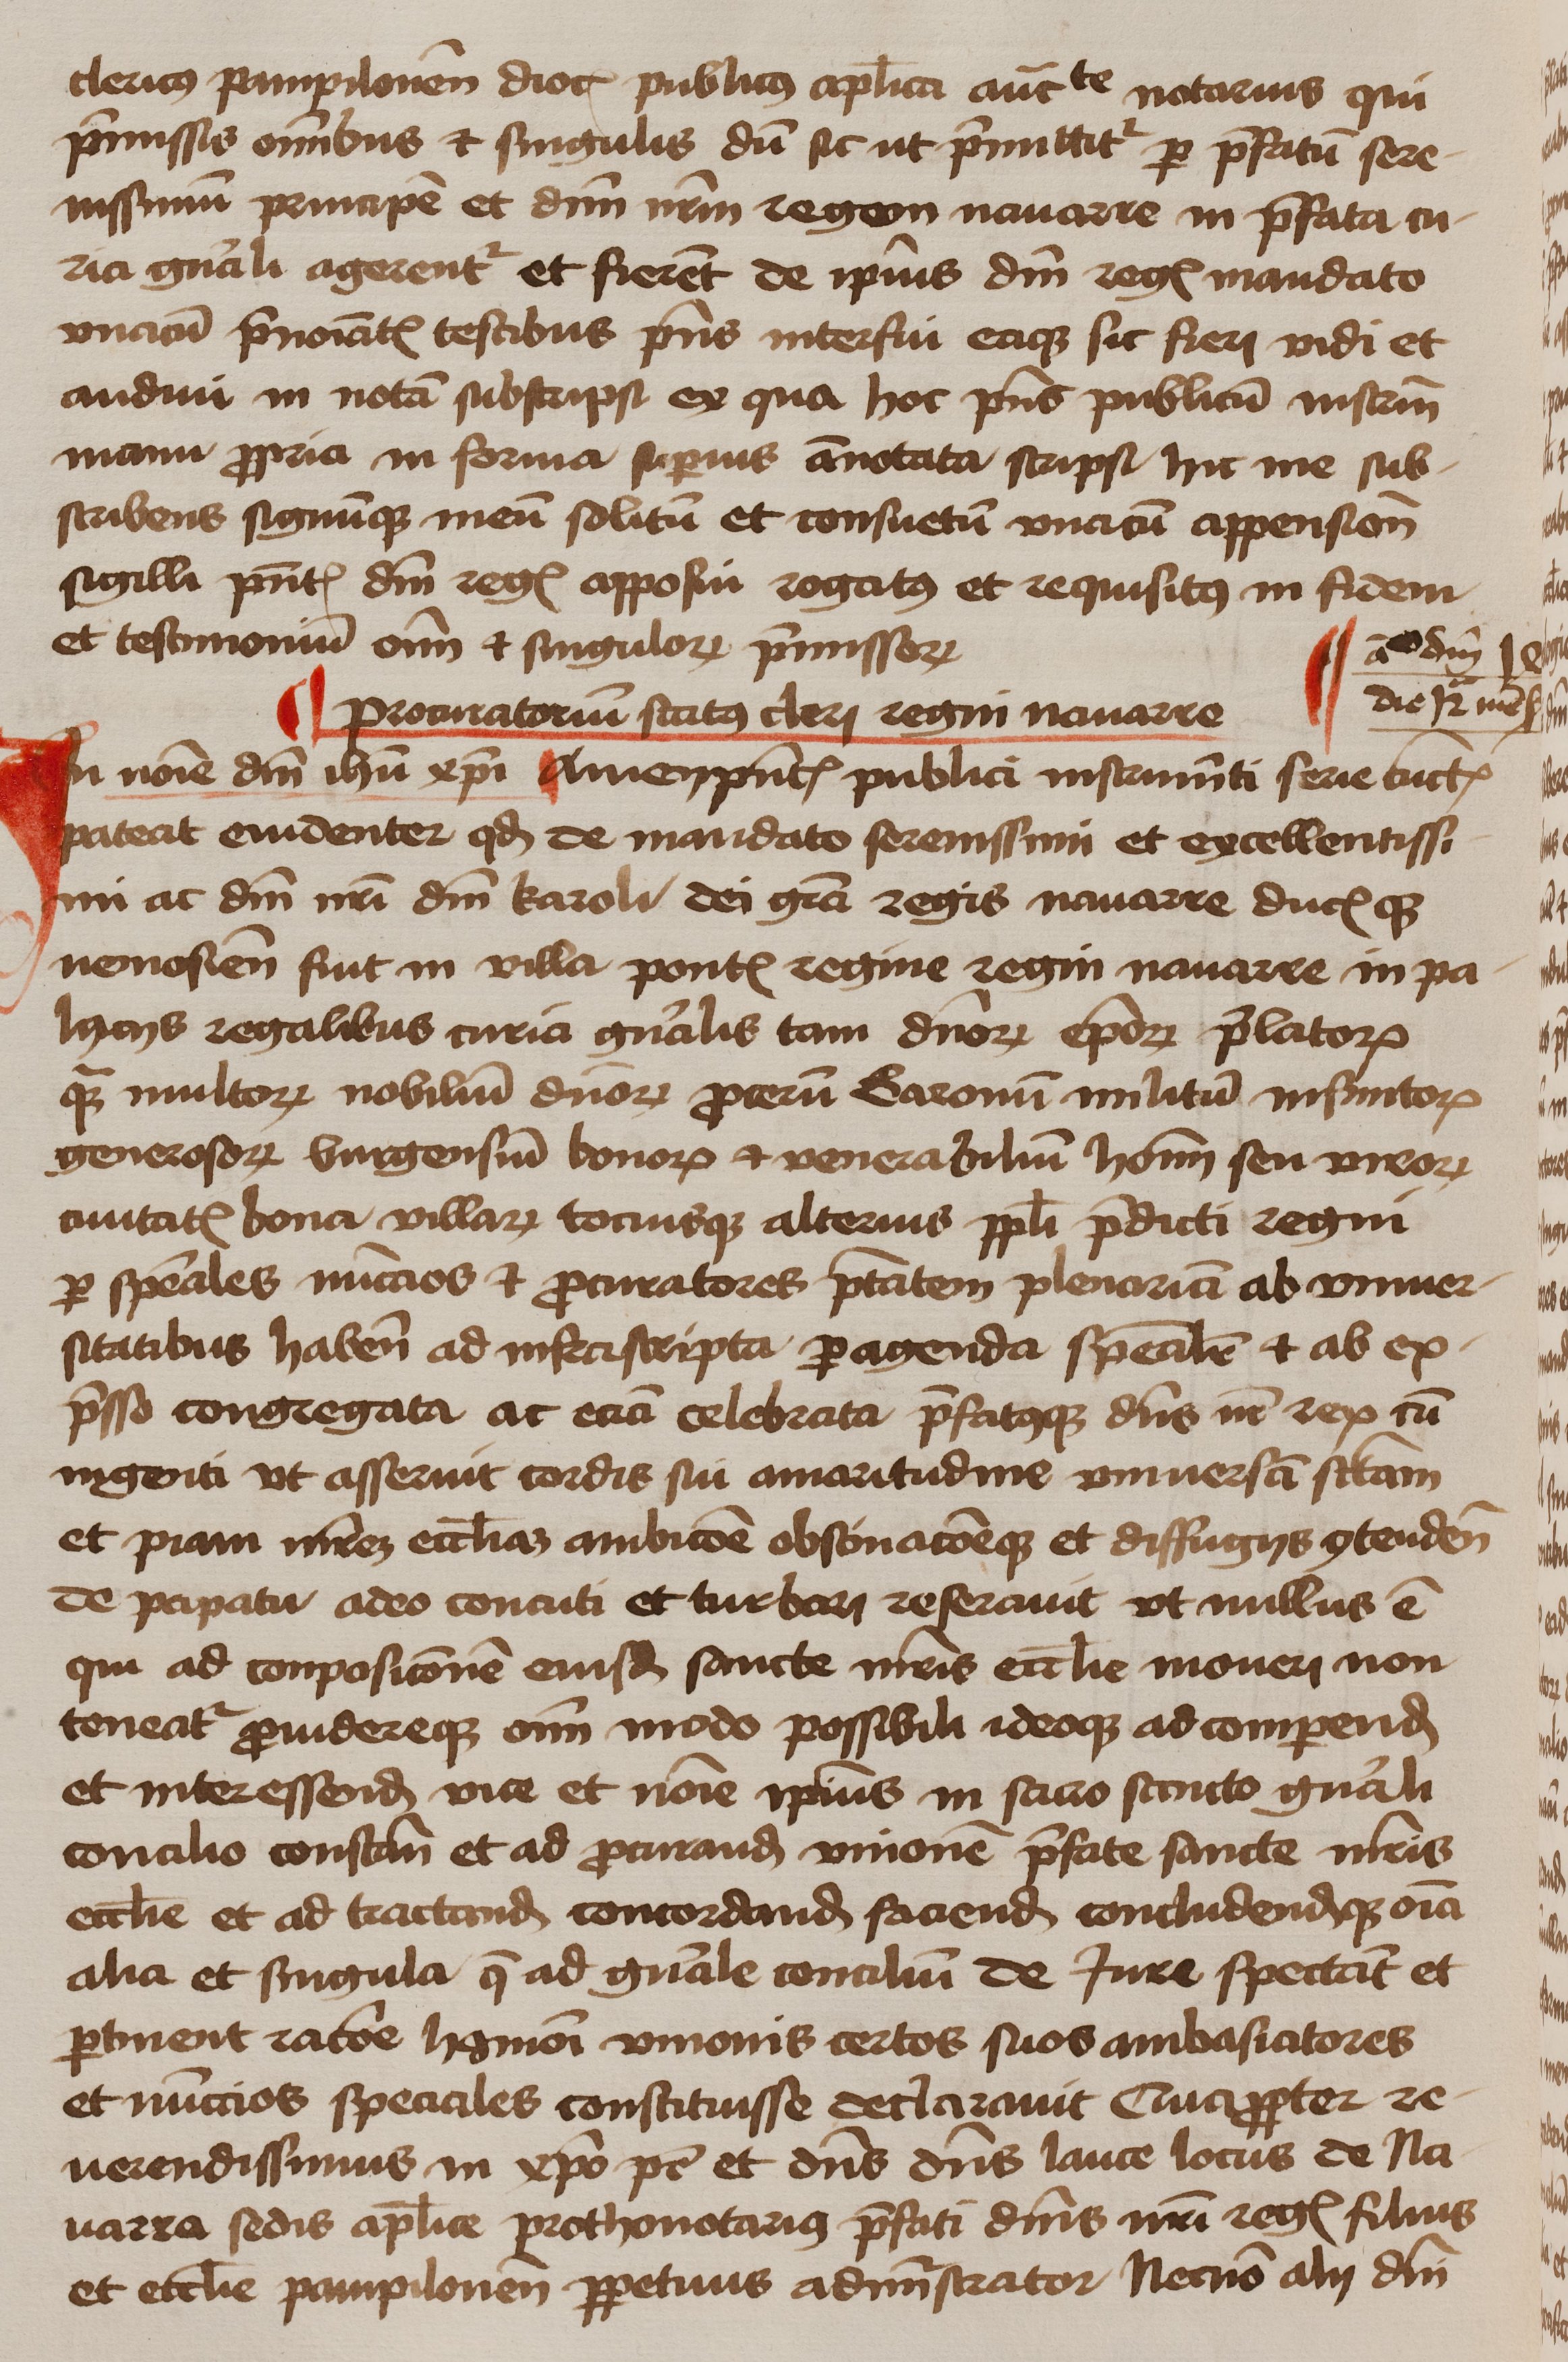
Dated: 1450–1474